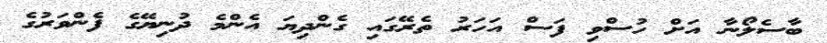
ބާސެލޯނާ އަށް ހުސްވި ފަސް އަހަރު ތެރޭގައި ގެންދިޔަ އެންމެ ދުނިޔޭގެ ފެންވަރުގެ